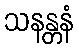
သနန္တနံ